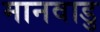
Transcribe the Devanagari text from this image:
मानवाडु